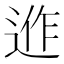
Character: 𨓕